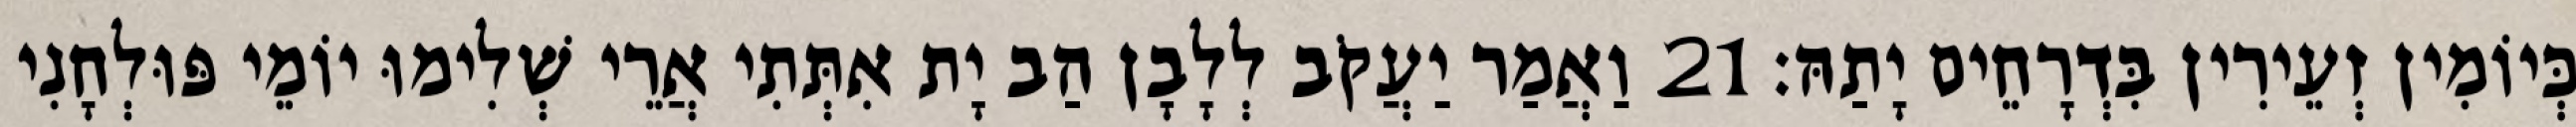
כְּיוֹמִין זְעֵירִין בִּדְרָחֵים יָתַהּ׃ 21 וַאֲמַר יַעֲקֹב לְלָבָן הַב יָת אִתְּתִי אֲרֵי שְׁלִימוּ יוֹמֵי פּוּלְחָנִי